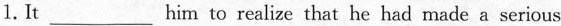
1. It___him to realize that he had made a serious